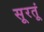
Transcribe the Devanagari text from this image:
सूरतूं